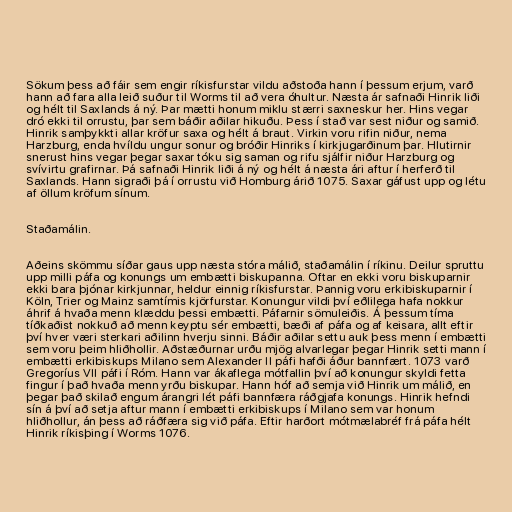
Sökum þess að fáir sem engir ríkisfurstar vildu aðstoða hann í þessum erjum, varð
hann að fara alla leið suður til Worms til að vera óhultur. Næsta ár safnaði Hinrik liði
og hélt til Saxlands á ný. Þar mætti honum miklu stærri saxneskur her. Hins vegar
dró ekki til orrustu, þar sem báðir aðilar hikuðu. Þess í stað var sest niður og samið.
Hinrik samþykkti allar kröfur saxa og hélt á braut. Virkin voru rifin niður, nema
Harzburg, enda hvíldu ungur sonur og bróðir Hinriks í kirkjugarðinum þar. Hlutirnir
snerust hins vegar þegar saxar tóku sig saman og rifu sjálfir niður Harzburg og
svívirtu grafirnar. Þá safnaði Hinrik liði á ný og hélt á næsta ári aftur í herferð til
Saxlands. Hann sigraði þá í orrustu við Homburg árið 1075. Saxar gáfust upp og létu
af öllum kröfum sínum.

Staðamálin.

Aðeins skömmu síðar gaus upp næsta stóra málið, staðamálin í ríkinu. Deilur spruttu
upp milli páfa og konungs um embætti biskupanna. Oftar en ekki voru biskuparnir
ekki bara þjónar kirkjunnar, heldur einnig ríkisfurstar. Þannig voru erkibiskuparnir í
Köln, Trier og Mainz samtímis kjörfurstar. Konungur vildi því eðlilega hafa nokkur
áhrif á hvaða menn klæddu þessi embætti. Páfarnir sömuleiðis. Á þessum tíma
tíðkaðist nokkuð að menn keyptu sér embætti, bæði af páfa og af keisara, allt eftir
því hver væri sterkari aðilinn hverju sinni. Báðir aðilar settu auk þess menn í embætti
sem voru þeim hliðhollir. Aðstæðurnar urðu mjög alvarlegar þegar Hinrik setti mann í
embætti erkibiskups Milano sem Alexander II páfi hafði áður bannfært. 1073 varð
Gregoríus VII páfi í Róm. Hann var ákaflega mótfallin því að konungur skyldi fetta
fingur í það hvaða menn yrðu biskupar. Hann hóf að semja við Hinrik um málið, en
þegar það skilað engum árangri lét páfi bannfæra ráðgjafa konungs. Hinrik hefndi
sín á því að setja aftur mann í embætti erkibiskups í Milano sem var honum
hliðhollur, án þess að ráðfæra sig við páfa. Eftir harðort mótmælabréf frá páfa hélt
Hinrik ríkisþing í Worms 1076.